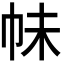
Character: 𭘕